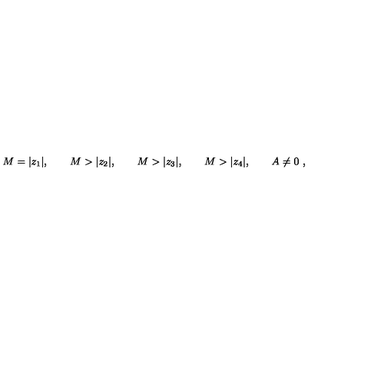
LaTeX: M = | z _ { 1 } | , \qquad M > | z _ { 2 } | , \qquad M > | z _ { 3 } | , \qquad M > | z _ { 4 } | , \qquad A \neq 0 \ ,